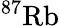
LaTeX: ^{87}\mathrm{Rb}